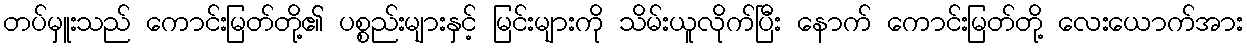
တပ်မှူးသည် ကောင်းမြတ်တို့၏ ပစ္စည်းများနှင့် မြင်းများကို သိမ်းယူလိုက်ပြီး နောက် ကောင်းမြတ်တို့ လေးယောက်အား